Civil Veterinary Dept. Assam report 1927-50 - 1927-1950
Year: 1927
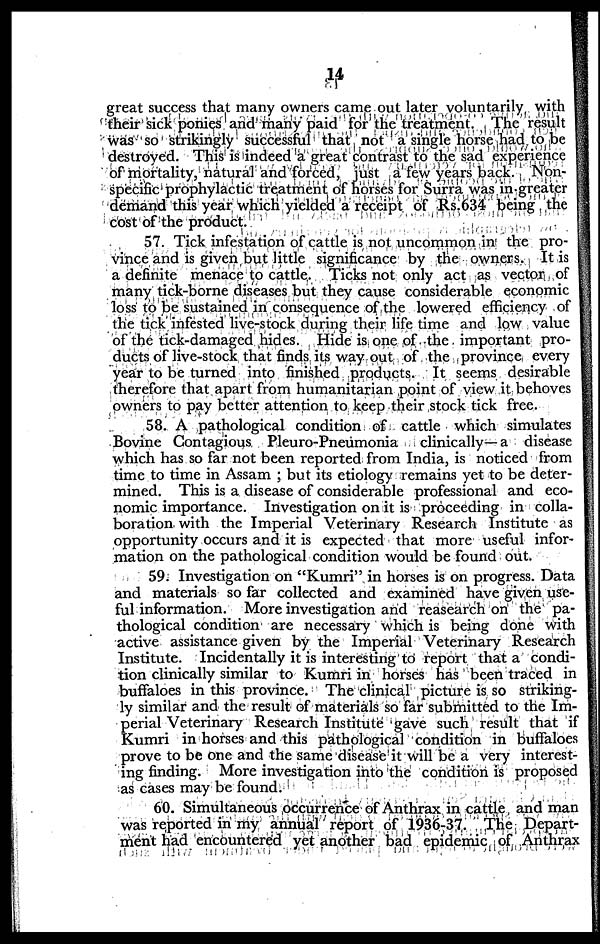
14
great success that many owners came out later voluntarily with
their sick ponies and many paid for the treatment. The result
was so strikingly successful that not a single horse had to be
destroyed. This is indeed a great contrast to the sad experience
of mortality, natural and forced, just a few years back. Non-
specific prophylactic treatment of horses for Surra was in greater
demand this year which yielded a receipt of Rs.634 being the
cost of the product.
57. Tick infestation of cattle is not uncommon in the pro-
vince and is given but little significance by the owners. It is
a definite menace to cattle. Ticks not only act as vector of
many tick-borne diseases but they cause considerable economic
loss to be sustained in consequence of the lowered efficiency of
the tick infested live-stock during their life time and low value
of the tick-damaged hides Hide is one of the important pro-
ducts of live-stock that finds its way out of the province every
year to be turned into finished products. It seems desirable
therefore that apart from humanitarian point of view it behoves
owners to pay better attention to keep their stock tick free.
58. A pathological condition of cattle which simulates
Bovine Contagious Pleuro-Pneumonia clinically—a disease
which has so far not been reported from India, is noticed from
time to time in Assam ; but its etiology remains yet to be deter-
mined. This is a disease of considerable professional and eco-
nomic importance. Investigation on it is proceeding in colla-
boration with the Imperial Veterinary Research Institute as
opportunity occurs and it is expected that more useful infor-
mation on the pathological condition would be found out.
59. Investigation on "Kumri" in horses is on progress. Data
and materials so far collected and examined have given use-
ful information. More investigation and reasearch on the pa-
thological condition are necessary which is being done with
active assistance given by the Imperial Veterinary Research
Institute. Incidentally it is interesting to report that a condi-
tion clinically similar to Kumri in horses has been traced in
buffaloes in this province. The clinical picture is so striking-
ly similar and the result of materials so far submitted to the Im-
perial Veterinary Research Institute gave such result that if
Kumri in horses and this pathological condition in buffaloes
prove to be one and the same disease it will be a very interest-
ing finding. More investigation into the condition is proposed
as cases may be found.
60. Simultaneous occurrence of Anthrax in cattle and man
was reported in my annual report of 1936-37. The Depart-
ment had encountered yet another bad epidemic of Anthrax